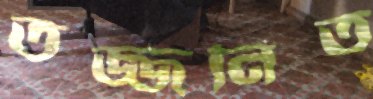
তজ্জনিত